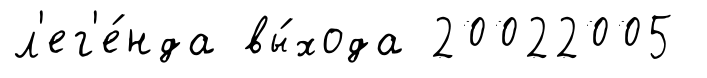
л'ег'е́нда вы́хода 20022005